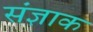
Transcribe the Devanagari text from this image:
संज्ञाक